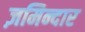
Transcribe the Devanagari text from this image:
ज़मिन्दार